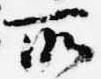
所